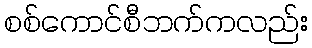
စစ်ကောင်စီဘက်ကလည်း